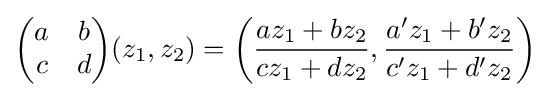
{\begin{pmatrix}a&b\\c&d\end{pmatrix}}(z_{1},z_{2})=\left({\frac {az_{1}+bz_{2}}{cz_{1}+dz_{2}}},{\frac {a'z_{1}+b'z_{2}}{c'z_{1}+d'z_{2}}}\right)